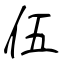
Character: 伍